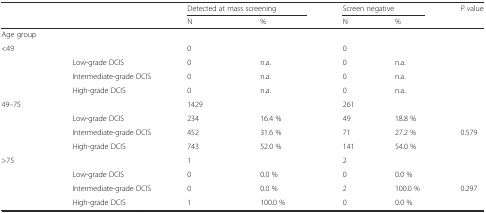
|  |  | <COLSPAN=2> Detected at mass screening | <COLSPAN=2> Screen negative | P value |
 |  |  | N | % | N | % |  |
 | --- | --- | --- | --- | --- | --- | --- |
 | Age group |  |  |  |  |  |  |
 | <49 |  | 0 |  | 0 |  |  |
 |  | Low-grade DCIS | 0 | n.a. | 0 | n.a. |  |
 |  | Intermediate-grade DCIS | 0 | n.a. | 0 | n.a. |  |
 |  | High-grade DCIS | 0 | n.a. | 0 | n.a. |  |
 | 49–75 |  | 1429 |  | 261 |  |  |
 |  | Low-grade DCIS | 234 | 16.4 % | 49 | 18.8 % |  |
 |  | Intermediate-grade DCIS | 452 | 31.6 % | 71 | 27.2 % | 0.579 |
 |  | High-grade DCIS | 743 | 52.0 % | 141 | 54.0 % |  |
 | >75 |  | 1 |  | 2 |  |  |
 |  | Low-grade DCIS | 0 | 0.0 % | 0 | 0.0 % |  |
 |  | Intermediate-grade DCIS | 0 | 0.0 % | 2 | 100.0 % | 0.297 |
 |  | High-grade DCIS | 1 | 100.0 % | 0 | 0.0 % |  |